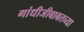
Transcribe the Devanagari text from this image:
गांधीजीबाबतच्या